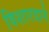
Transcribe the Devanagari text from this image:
विशारदाने